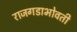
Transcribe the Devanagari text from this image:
राजगडाभोवती